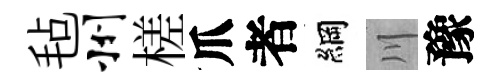
毡州槎爪者綱川豫